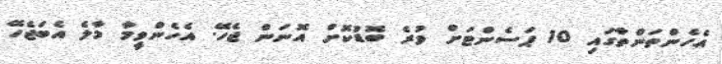
އެހެންތަންތާގައި 10 ޕަސެންޓަށް ވުރެ ބޮޑުކޮށް އޮނަން ޖެހޭ. އެހެންވީމާ މާލެ އެބަޖެހޭ